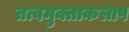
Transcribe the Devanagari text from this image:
तत्वमुक्ताकलाप